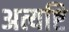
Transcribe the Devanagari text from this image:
अत्यष्टि